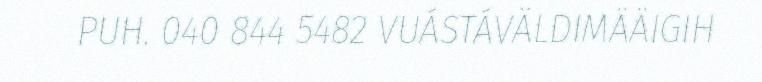
PUH. 040 844 5482 VUÁSTÁVÄLDIMÄÄIGIH